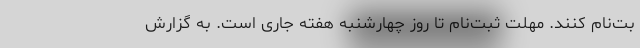
بت‌نام کنند. مهلت ثبت‌نام تا روز چهارشنبه هفته جاری است. به گزارش